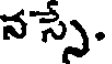
న స్సే.